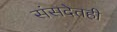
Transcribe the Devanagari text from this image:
संसदेतही